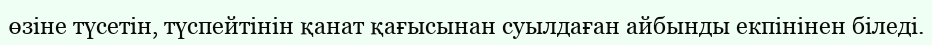
өзіне түсетін, түспейтінін қанат қағысынан суылдаған айбынды екпінінен біледі.